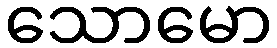
သောမော